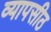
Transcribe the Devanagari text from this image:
व्यापसीठ